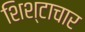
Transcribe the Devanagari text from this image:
शिश्टाचार